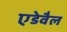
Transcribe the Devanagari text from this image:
एडेवैल